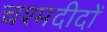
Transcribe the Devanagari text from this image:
चश्मदीदों